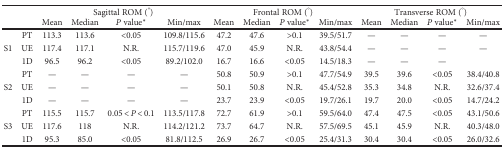
<table><thead><tr><td colspan="2"></td><td colspan="4"><b>Sagittal ROM (°)</b></td><td colspan="4"><b>Frontal ROM (°)</b></td><td colspan="4"><b>Transverse ROM (°)</b></td></tr><tr><td colspan="2"></td><td><b>Mean</b></td><td><b>Median</b></td><td><b><i>P</i> value<sup>∗</sup></b></td><td><b>Min/max</b></td><td><b>Mean</b></td><td><b>Median</b></td><td><b><i>P</i> value<sup>∗</sup></b></td><td><b>Min/max</b></td><td><b>Mean</b></td><td><b>Median</b></td><td><b><i>P</i> value<sup>∗</sup></b></td><td><b>Min/max</b></td></tr></thead><tbody><tr><td rowspan="3">S1</td><td>PT</td><td>113.3</td><td>113.6</td><td>&lt;0.05</td><td>109.8/115.6</td><td>47.2</td><td>47.6</td><td>&gt;0.1</td><td>39.5/51.7</td><td>—</td><td>—</td><td>—</td><td>—</td></tr><tr><td>UE</td><td>117.4</td><td>117.1</td><td>N.R.</td><td>115.7/119.6</td><td>47.0</td><td>45.9</td><td>N.R.</td><td>43.8/54.4</td><td>—</td><td>—</td><td>—</td><td>—</td></tr><tr><td>1D</td><td>96.5</td><td>96.2</td><td>&lt;0.05</td><td>89.2/102.0</td><td>16.7</td><td>16.6</td><td>&lt;0.05</td><td>14.5/18.3</td><td>—</td><td>—</td><td>—</td><td></td></tr><tr><td rowspan="3">S2</td><td>PT</td><td>—</td><td>—</td><td>—</td><td>—</td><td>50.8</td><td>50.9</td><td>&gt;0.1</td><td>47.7/54.9</td><td>39.5</td><td>39.6</td><td>&lt;0.05</td><td>38.4/40.8</td></tr><tr><td>UE</td><td>—</td><td>—</td><td>—</td><td>—</td><td>50.1</td><td>50.8</td><td>N.R.</td><td>45.4/52.8</td><td>35.3</td><td>34.8</td><td>N.R.</td><td>32.6/37.4</td></tr><tr><td>1D</td><td>—</td><td>—</td><td>—</td><td>—</td><td>23.7</td><td>23.9</td><td>&lt;0.05</td><td>19.7/26.1</td><td>19.7</td><td>20.0</td><td>&lt;0.05</td><td>14.7/24.2</td></tr><tr><td rowspan="3">S3</td><td>PT</td><td>115.5</td><td>115.7</td><td>0.05 &lt; <i>P</i> &lt; 0.1</td><td>113.5/117.8</td><td>72.7</td><td>61.9</td><td>&gt;0.1</td><td>59.5/64.0</td><td>47.4</td><td>47.5</td><td>&lt;0.05</td><td>43.1/50.6</td></tr><tr><td>UE</td><td>117.6</td><td>118</td><td>N.R.</td><td>114.2/121.2</td><td>73.7</td><td>64.7</td><td>N.R.</td><td>57.5/69.5</td><td>45.1</td><td>45.9</td><td>N.R.</td><td>40.3/48.0</td></tr><tr><td>1D</td><td>95.3</td><td>85.0</td><td>&lt;0.05</td><td>81.8/112.5</td><td>26.9</td><td>26.7</td><td>&lt;0.05</td><td>25.4/31.3</td><td>30.4</td><td>30.4</td><td>&lt;0.05</td><td>26.0/32.6</td></tr></tbody></table>